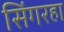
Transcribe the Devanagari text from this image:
सिंगरहा